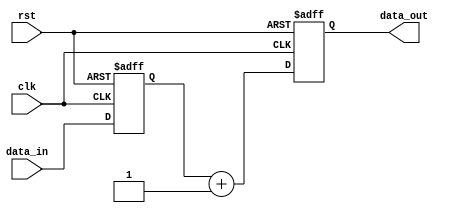
module ShiftAndAddRegister (
  input clk,
  input rst,
  input [7:0] data_in,
  output reg [7:0] data_out
);

reg [7:0] shift_reg;

always @(posedge clk or posedge rst) begin
  if (rst) begin
    shift_reg <= 8'b00000000;
    data_out <= 8'b00000000;
  end else begin
    shift_reg <= {shift_reg[6:0], data_in};
    data_out <= shift_reg + 8'b00000001; // Adding a constant value of 1 for illustration purposes
  end
end

endmodule